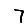
Digit: 7